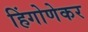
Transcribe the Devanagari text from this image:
हिंगोणेकर